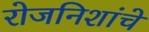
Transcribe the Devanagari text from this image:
रोजनिशांचे